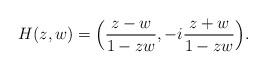
LaTeX: \begin{align*}H(z,w)=\Big(\frac{z-w}{1-zw} , -i\frac{z+w}{1-zw}\Big).\end{align*}